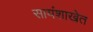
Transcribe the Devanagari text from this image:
सायंशाखेत